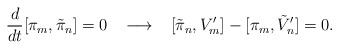
\begin{align*}\frac{d}{dt} [\pi_{m} , \tilde{\pi}_{n} ] = 0 \; \; \; \longrightarrow\; \; \; [\tilde{\pi}_{n} , V'_{m}] - [\pi_{m} , \tilde{V}'_{n} ] = 0 .\end{align*}